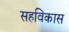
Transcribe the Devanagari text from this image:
सहविकास